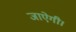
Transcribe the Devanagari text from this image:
जाऐगी।